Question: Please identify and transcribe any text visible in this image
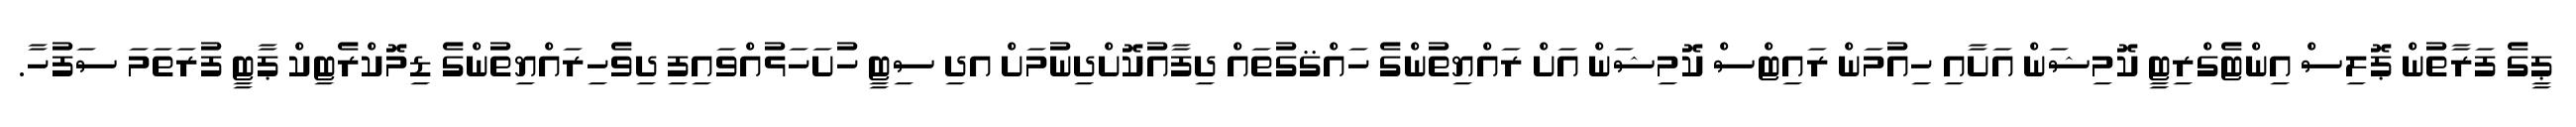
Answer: ޕީގެ ފަރާތުން ޕޮލިސް އިންޓެގްރިޓީ ކޮމިޝަން އަށާއި ހިއުމަން ރައިޓްސް ކޮމިޝަން އަށް ރައްޔިތުންގެ ހައްޤގުތައް ދިފާއުކޮށްދިނުމަށް އދި ސިޓީ ހުށަހަޅުއްވައިފި ދިވެހިރައްޔިތުންގެ ޑިމޮކްރެޓިކް ޕާޓީ ފުރަތަމަ ސަފުހާ.